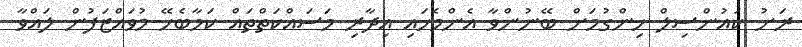
ރަށު ކައުންސިލް ހިންގުމަށް ބޭނުންވާ އެންމެހައި އިދާރި މަސައްކަތްތައް ކަމާބެހޭ މުވައްޒަފުން ލައްވާ